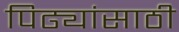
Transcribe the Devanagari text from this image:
पिढ्यांसाठी